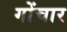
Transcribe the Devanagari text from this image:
गोंचार